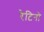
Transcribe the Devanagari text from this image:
रेटिनो